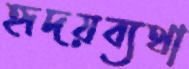
হৃদয়ব্যথা